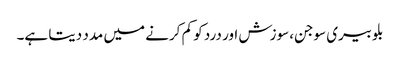
بلوبیری سوجن، سوزش اور درد کو کم کرنے میں مدد دیتا ہے۔